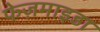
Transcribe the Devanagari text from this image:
फेज़माइडा